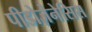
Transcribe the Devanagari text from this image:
पीडोज़ेनेसिस